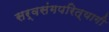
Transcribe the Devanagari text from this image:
सर्वसंगपरित्यागी